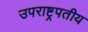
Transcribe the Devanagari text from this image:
उपराष्ट्रपतीय